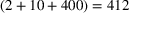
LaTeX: ( 2 + 1 0 + 4 0 0 ) = 4 1 2